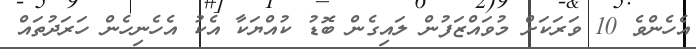
އެހެންވެ 10 ވަރަކަށް މުވައްޒަފުން ލައިގެން ބޮޑު ކުއްޔަކާ އެކު އެހެނިހެން ހަރަދުތައް